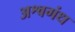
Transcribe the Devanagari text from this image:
अश्वगंध